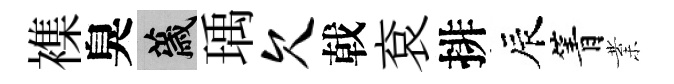
襍臭薉瑀欠戟袞排辰箐業